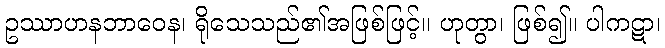
ဥဿာဟနဘာဝေန၊ ရိုသေသည်၏အဖြစ်ဖြင့်။ ဟုတွာ၊ ဖြစ်၍။ ပါကဋာ၊